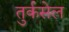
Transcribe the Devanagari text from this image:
तुर्कसेल